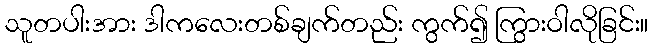
သူတပါးအား ဒါကလေးတစ်ချက်တည်း ကွက်၍ ကြွားဝါလိုခြင်း။